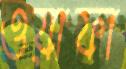
ওয়াফা